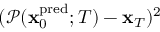
( \mathcal { P } ( \mathbf { x } _ { 0 } ^ { \mathrm { p r e d } } ; T ) - \mathbf { x } _ { T } ) ^ { 2 }